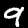
Label: 9